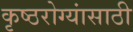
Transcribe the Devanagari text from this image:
कृष्ठरोग्यांसाठी